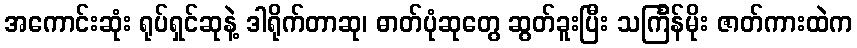
အကောင်းဆုံး ရုပ်ရှင်ဆုနဲ့ ဒါရိုက်တာဆု၊ ဓာတ်ပုံဆုတွေ ဆွတ်ခူးပြီး သင်္ကြန်မိုး ဇာတ်ကားထဲက